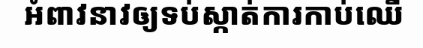
អំពាវនាវឲ្យទប់ស្កាត់ការកាប់ឈើ